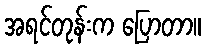
အရင်တုန်းက ပြောတာ။